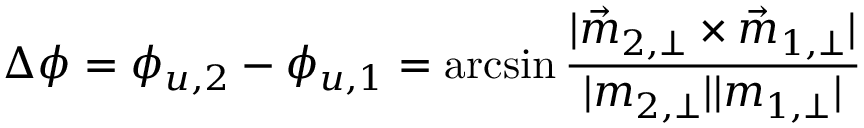
\Delta \phi = \phi _ { u , 2 } - \phi _ { u , 1 } = \arcsin { \frac { | \vec { m } _ { 2 , \perp } \times \vec { m } _ { 1 , \perp } | } { | m _ { 2 , \perp } | | m _ { 1 , \perp } | } }